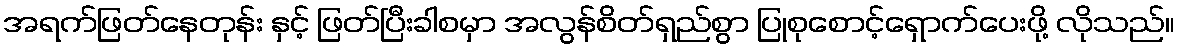
အရက်ဖြတ်နေတုန်း နှင့် ဖြတ်ပြီးခါစမှာ အလွန်စိတ်ရှည်စွာ ပြုစုစောင့်ရှောက်ပေးဖို့ လိုသည်။